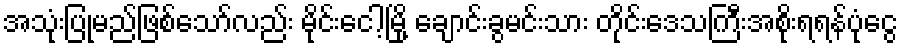
အသုံးပြုမည်ဖြစ်သော်လည်း မိုင်းငေါ့မြို့ ချောင်းခွမင်းသား တိုင်းဒေသကြီးအစိုးရရန်ပုံငွေ